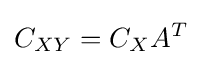
C_{XY}=C_{X}A^{T}